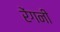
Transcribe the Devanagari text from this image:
रेंगनी